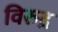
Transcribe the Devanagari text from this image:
विरुद्र